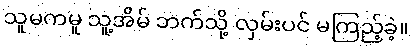
သူမကမူ သူ့အိမ် ဘက်သို့ လှမ်းပင် မကြည့်ခဲ့။